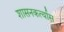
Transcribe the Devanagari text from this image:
शासनकर्त्यास